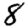
Digit: 8